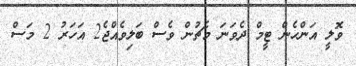
ވޮލީ އަންހެން ޓީމް ދެވަނަ މެޗުން ވެސް ބަލިވެއްޖެ2 އަހަރު 2 މަސް